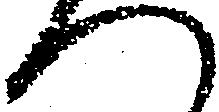
へ